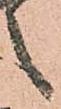
之